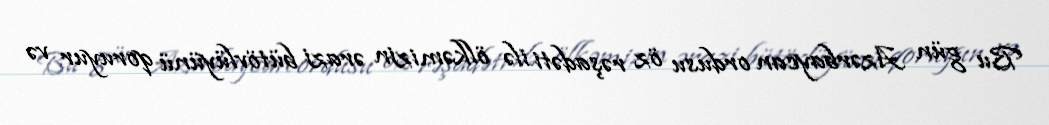
Bu gün Azərbaycan ordusu öz rəşadəti ilə ölkəmizin ərazi bütövlüyünü qoruyur və